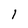
Character: l